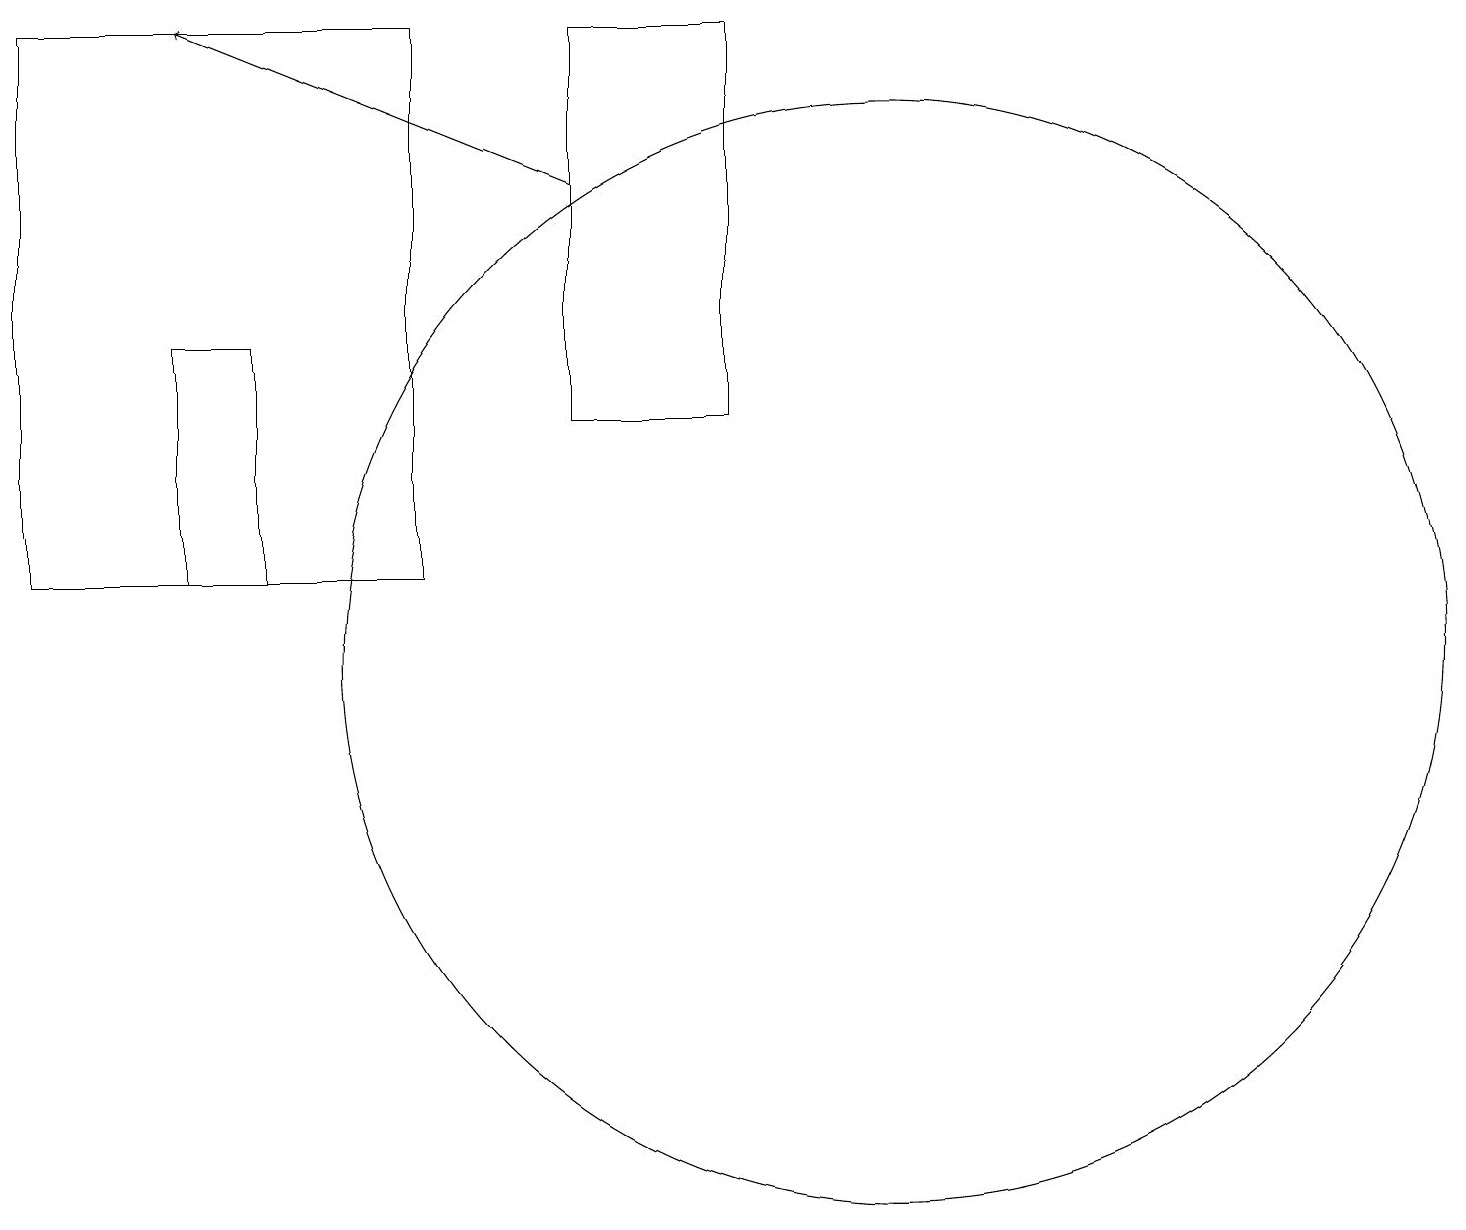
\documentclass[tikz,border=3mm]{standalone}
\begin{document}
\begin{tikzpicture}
\draw (3,11) rectangle (2,14);
\draw[->] (7,16) -- (2,18);
\draw (11,10) circle (7);
\draw (5,18) rectangle (0,11);
\draw (7,13) rectangle (9,18);
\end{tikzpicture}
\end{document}